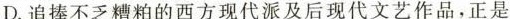
D.追捧不乏糟粕的西方现代派及后现代文艺作品，正是